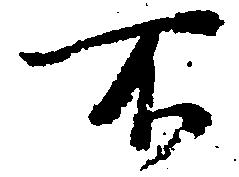
不